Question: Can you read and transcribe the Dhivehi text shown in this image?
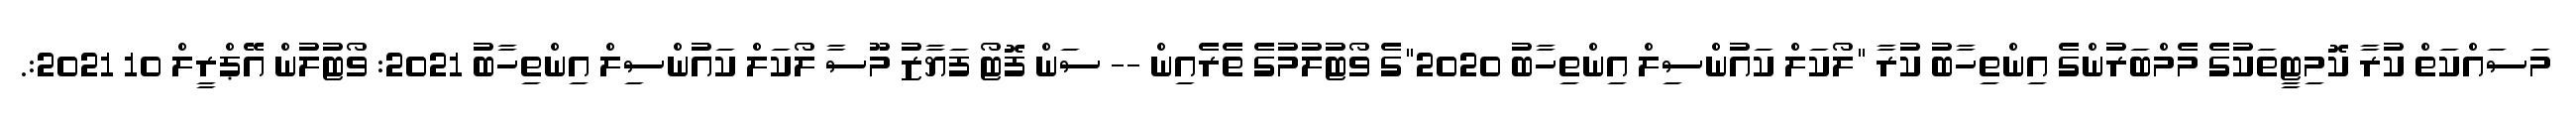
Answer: މަސައްކަތް ކުރާ ކޮމިޓީތަކުގެ މެމްބަރުންގެ އިންތިހާބު ކުރާ "ލޯކަލް ކައުންސިލް އިންތިހާބު 2020"ގެ ވޯޓުލުމުގެ ތެރެއިން -- ސަން ފޮޓޯ ފަޔާޒު މޫސާ ލޯކަލް ކައުންސިލް އިންތިހާބު 2021: ވޯޓުލުން އޭޕްރީލް 10 2021:.